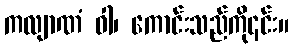
ကလျာဏံ ဝါ၊ ကောင်းသည်ကို၎င်း။